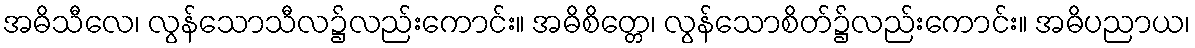
အဓိသီလေ၊ လွန်သောသီလ၌လည်းကောင်း။ အဓိစိတ္တေ၊ လွန်သောစိတ်၌လည်းကောင်း။ အဓိပညာယ၊